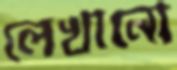
লেখানো